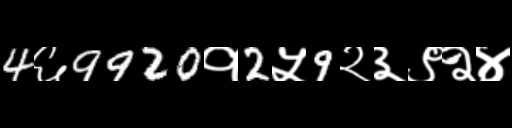
Text: 4६9920१2५9२३९२४